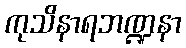
ကုသိနာရဘဏ္ဍနာ